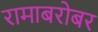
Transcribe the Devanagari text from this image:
रामाबरोबर